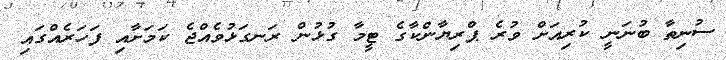
ސުނިތާ ބުނަނީ ކުރިއަށް ވުރެ ޕްރިޔާންކާގެ ޓީމާ ގުޅުން ރަނގަޅުވެއްޖެ ކަމަށާއި ފަހަރެއްގައި